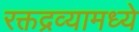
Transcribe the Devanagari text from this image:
रक्तद्रव्यामध्ये